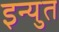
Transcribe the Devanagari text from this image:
इन्युत